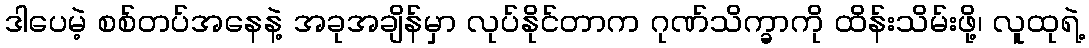
ဒါပေမဲ့ စစ်တပ်အနေနဲ့ အခုအချိန်မှာ လုပ်နိုင်တာက ဂုဏ်သိက္ခာကို ထိန်းသိမ်းဖို့၊ လူထုရဲ့